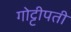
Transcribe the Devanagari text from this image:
गोट्टीपती